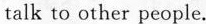
talk to other people.